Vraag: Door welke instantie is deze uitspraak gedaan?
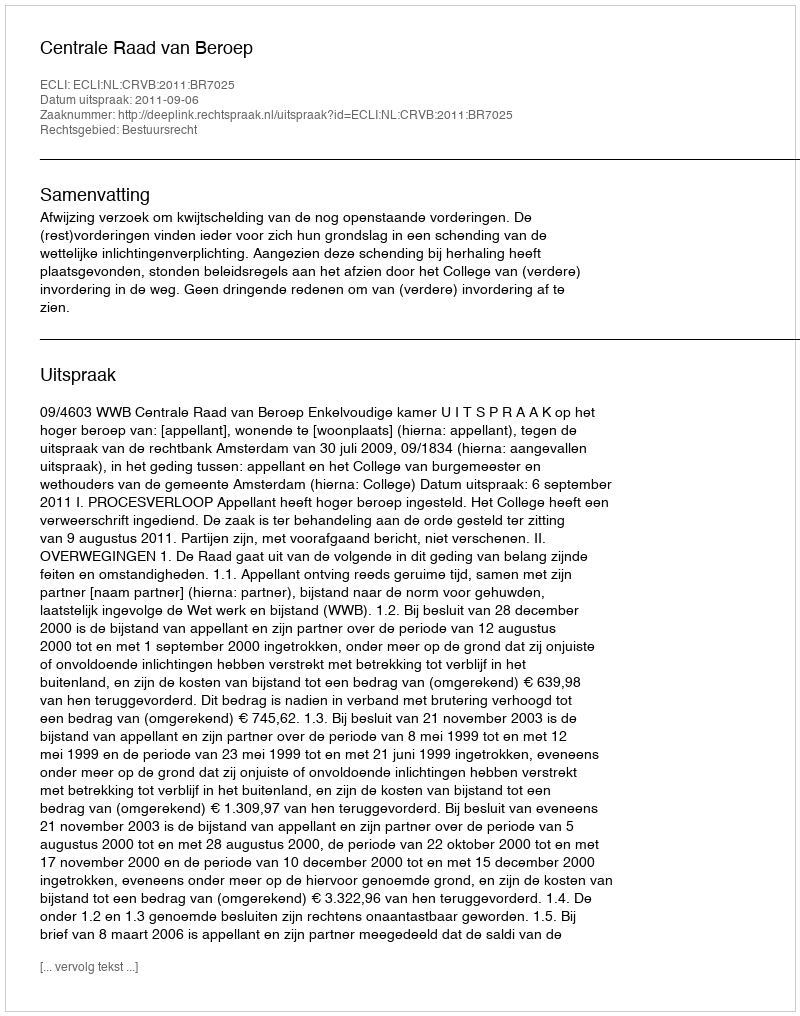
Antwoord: Centrale Raad van Beroep